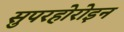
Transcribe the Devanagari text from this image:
सुपरहोरोइन